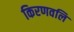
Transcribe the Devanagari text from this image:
किरणवलि